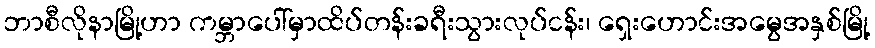
ဘာစီလိုနာမြို့ဟာ ကမ္ဘာပေါ်မှာထိပ်တန်းခရီးသွားလုပ်ငန်း၊ ရှေးဟောင်းအမွေအနှစ်မြို့